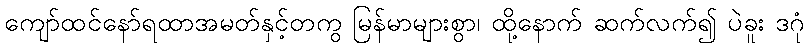
ကျော်ထင်နော်ရထာအမတ်နှင့်တကွ မြန်မာများစွာ၊ ထို့နောက် ဆက်လက်၍ ပဲခူး ဒဂုံ